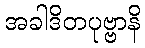
အခါဒိတပုဗ္ဗာနိ